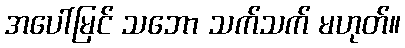
အပေါ်မြင် သဘော သက်သက် မဟုတ်။